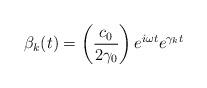
LaTeX: \begin{align*}\beta _k(t)=\left( \frac{c_0}{2\gamma _0}\right) e^{i\omega t}e^{\gamma _kt}\end{align*}